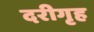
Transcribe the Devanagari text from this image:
दरीगृह